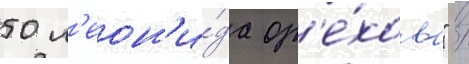
50 л'еон'и́да ор'е́хова" /